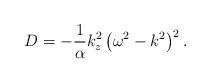
LaTeX: \begin{align*}D=-{1\over \alpha}k_{z}^{2}\left(\omega^{2}-k^{2}\right)^{2}.\end{align*}